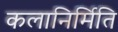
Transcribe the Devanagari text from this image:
कलानिर्मिति